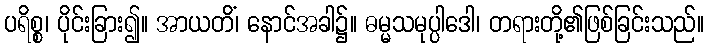
ပရိစ္စ၊ ပိုင်းခြား၍။ အာယတိံ၊ နောင်အခါ၌။ ဓမ္မသမုပ္ပါဒေါ၊ တရားတို့၏ဖြစ်ခြင်းသည်။